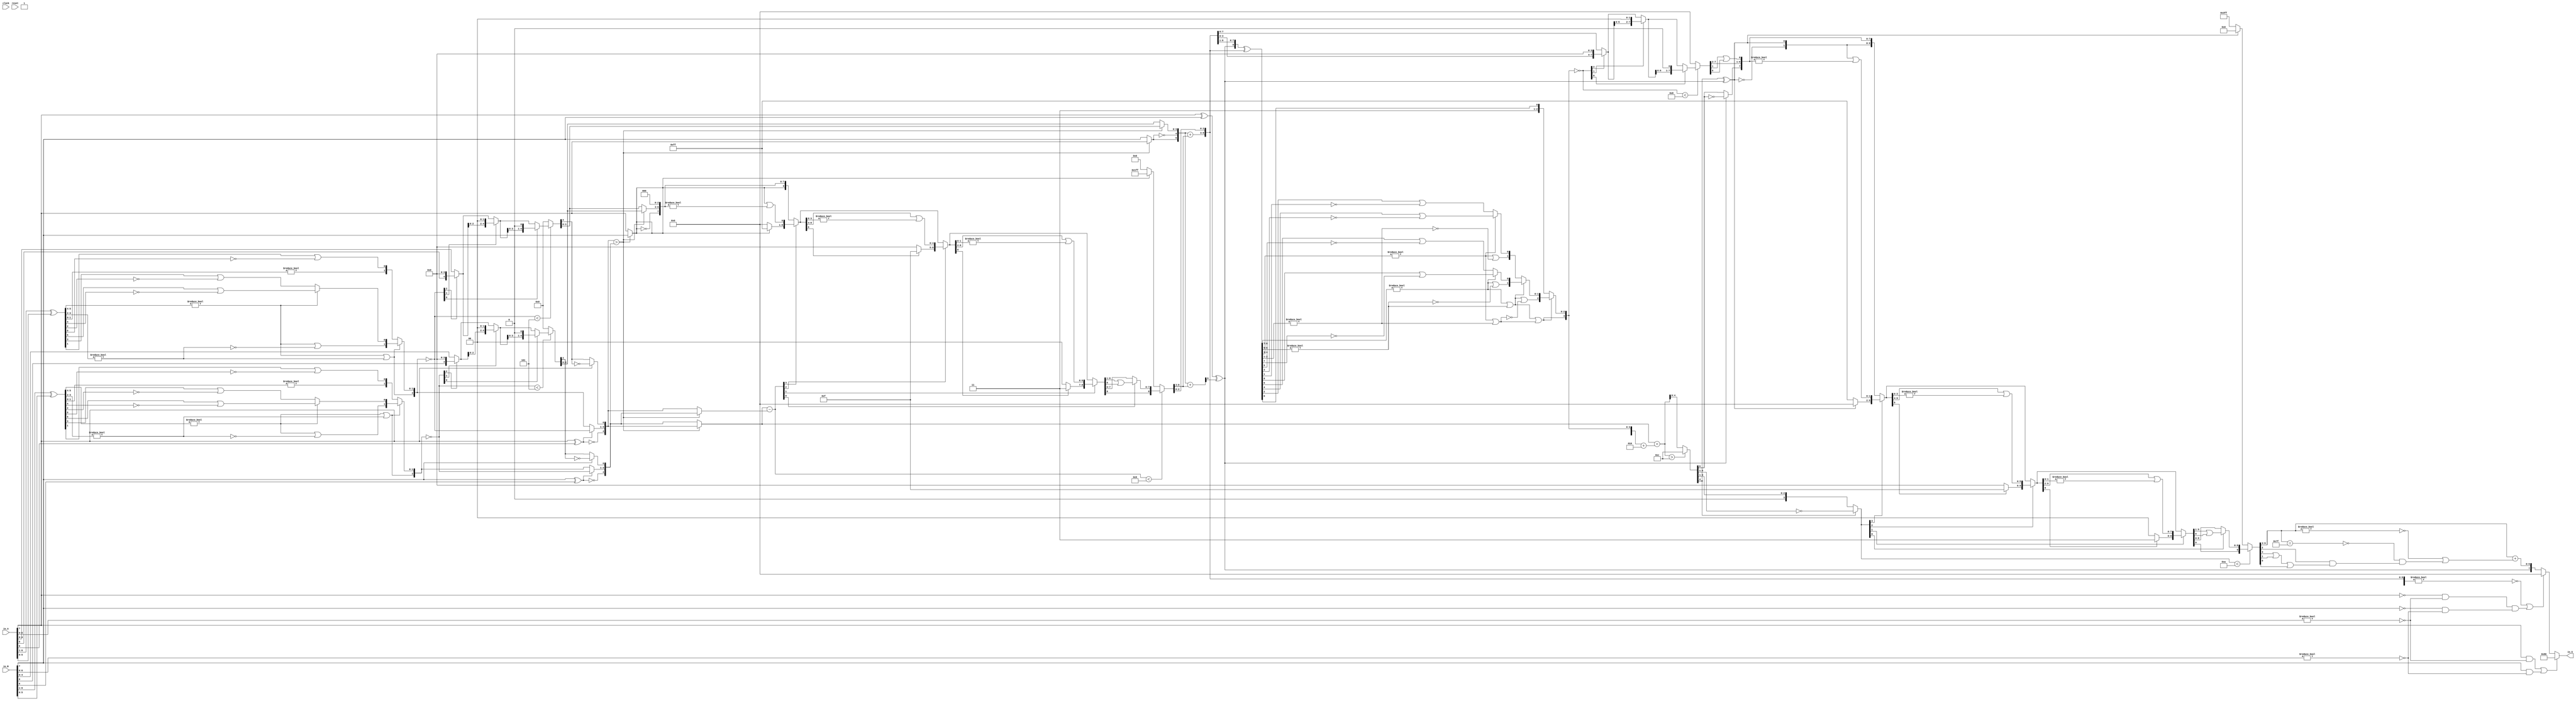
module PositAdder8_1(
  input        clock,
  input        reset,
  input  [7:0] io_A,
  input  [7:0] io_B,
  output [7:0] io_S
);
  wire  _T_1; // @[convert.scala 18:24]
  wire  _T_2; // @[convert.scala 18:40]
  wire  _T_3; // @[convert.scala 18:36]
  wire [5:0] _T_4; // @[convert.scala 19:24]
  wire [5:0] _T_5; // @[convert.scala 19:43]
  wire [5:0] _T_6; // @[convert.scala 19:39]
  wire [3:0] _T_7; // @[LZD.scala 43:32]
  wire [1:0] _T_8; // @[LZD.scala 43:32]
  wire  _T_9; // @[LZD.scala 39:14]
  wire  _T_10; // @[LZD.scala 39:21]
  wire  _T_11; // @[LZD.scala 39:30]
  wire  _T_12; // @[LZD.scala 39:27]
  wire  _T_13; // @[LZD.scala 39:25]
  wire [1:0] _T_14; // @[Cat.scala 29:58]
  wire [1:0] _T_15; // @[LZD.scala 44:32]
  wire  _T_16; // @[LZD.scala 39:14]
  wire  _T_17; // @[LZD.scala 39:21]
  wire  _T_18; // @[LZD.scala 39:30]
  wire  _T_19; // @[LZD.scala 39:27]
  wire  _T_20; // @[LZD.scala 39:25]
  wire [1:0] _T_21; // @[Cat.scala 29:58]
  wire  _T_22; // @[Shift.scala 12:21]
  wire  _T_23; // @[Shift.scala 12:21]
  wire  _T_24; // @[LZD.scala 49:16]
  wire  _T_25; // @[LZD.scala 49:27]
  wire  _T_26; // @[LZD.scala 49:25]
  wire  _T_27; // @[LZD.scala 49:47]
  wire  _T_28; // @[LZD.scala 49:59]
  wire  _T_29; // @[LZD.scala 49:35]
  wire [2:0] _T_31; // @[Cat.scala 29:58]
  wire [1:0] _T_32; // @[LZD.scala 44:32]
  wire  _T_33; // @[LZD.scala 39:14]
  wire  _T_34; // @[LZD.scala 39:21]
  wire  _T_35; // @[LZD.scala 39:30]
  wire  _T_36; // @[LZD.scala 39:27]
  wire  _T_37; // @[LZD.scala 39:25]
  wire [1:0] _T_38; // @[Cat.scala 29:58]
  wire  _T_39; // @[Shift.scala 12:21]
  wire [1:0] _T_41; // @[LZD.scala 55:32]
  wire [1:0] _T_42; // @[LZD.scala 55:20]
  wire [2:0] _T_43; // @[Cat.scala 29:58]
  wire [2:0] _T_44; // @[convert.scala 21:22]
  wire [4:0] _T_45; // @[convert.scala 22:36]
  wire  _T_46; // @[Shift.scala 16:24]
  wire  _T_48; // @[Shift.scala 12:21]
  wire  _T_49; // @[Shift.scala 64:52]
  wire [4:0] _T_51; // @[Cat.scala 29:58]
  wire [4:0] _T_52; // @[Shift.scala 64:27]
  wire [1:0] _T_53; // @[Shift.scala 66:70]
  wire  _T_54; // @[Shift.scala 12:21]
  wire [2:0] _T_55; // @[Shift.scala 64:52]
  wire [4:0] _T_57; // @[Cat.scala 29:58]
  wire [4:0] _T_58; // @[Shift.scala 64:27]
  wire  _T_59; // @[Shift.scala 66:70]
  wire [3:0] _T_61; // @[Shift.scala 64:52]
  wire [4:0] _T_62; // @[Cat.scala 29:58]
  wire [4:0] _T_63; // @[Shift.scala 64:27]
  wire [4:0] _T_64; // @[Shift.scala 16:10]
  wire  _T_65; // @[convert.scala 23:34]
  wire [3:0] decA_fraction; // @[convert.scala 24:34]
  wire  _T_67; // @[convert.scala 25:26]
  wire [2:0] _T_69; // @[convert.scala 25:42]
  wire  _T_72; // @[convert.scala 26:67]
  wire  _T_73; // @[convert.scala 26:51]
  wire [4:0] _T_74; // @[Cat.scala 29:58]
  wire [6:0] _T_76; // @[convert.scala 29:56]
  wire  _T_77; // @[convert.scala 29:60]
  wire  _T_78; // @[convert.scala 29:41]
  wire  decA_isNaR; // @[convert.scala 29:39]
  wire  _T_81; // @[convert.scala 30:19]
  wire  decA_isZero; // @[convert.scala 30:41]
  wire [4:0] decA_scale; // @[convert.scala 32:24]
  wire  _T_90; // @[convert.scala 18:24]
  wire  _T_91; // @[convert.scala 18:40]
  wire  _T_92; // @[convert.scala 18:36]
  wire [5:0] _T_93; // @[convert.scala 19:24]
  wire [5:0] _T_94; // @[convert.scala 19:43]
  wire [5:0] _T_95; // @[convert.scala 19:39]
  wire [3:0] _T_96; // @[LZD.scala 43:32]
  wire [1:0] _T_97; // @[LZD.scala 43:32]
  wire  _T_98; // @[LZD.scala 39:14]
  wire  _T_99; // @[LZD.scala 39:21]
  wire  _T_100; // @[LZD.scala 39:30]
  wire  _T_101; // @[LZD.scala 39:27]
  wire  _T_102; // @[LZD.scala 39:25]
  wire [1:0] _T_103; // @[Cat.scala 29:58]
  wire [1:0] _T_104; // @[LZD.scala 44:32]
  wire  _T_105; // @[LZD.scala 39:14]
  wire  _T_106; // @[LZD.scala 39:21]
  wire  _T_107; // @[LZD.scala 39:30]
  wire  _T_108; // @[LZD.scala 39:27]
  wire  _T_109; // @[LZD.scala 39:25]
  wire [1:0] _T_110; // @[Cat.scala 29:58]
  wire  _T_111; // @[Shift.scala 12:21]
  wire  _T_112; // @[Shift.scala 12:21]
  wire  _T_113; // @[LZD.scala 49:16]
  wire  _T_114; // @[LZD.scala 49:27]
  wire  _T_115; // @[LZD.scala 49:25]
  wire  _T_116; // @[LZD.scala 49:47]
  wire  _T_117; // @[LZD.scala 49:59]
  wire  _T_118; // @[LZD.scala 49:35]
  wire [2:0] _T_120; // @[Cat.scala 29:58]
  wire [1:0] _T_121; // @[LZD.scala 44:32]
  wire  _T_122; // @[LZD.scala 39:14]
  wire  _T_123; // @[LZD.scala 39:21]
  wire  _T_124; // @[LZD.scala 39:30]
  wire  _T_125; // @[LZD.scala 39:27]
  wire  _T_126; // @[LZD.scala 39:25]
  wire [1:0] _T_127; // @[Cat.scala 29:58]
  wire  _T_128; // @[Shift.scala 12:21]
  wire [1:0] _T_130; // @[LZD.scala 55:32]
  wire [1:0] _T_131; // @[LZD.scala 55:20]
  wire [2:0] _T_132; // @[Cat.scala 29:58]
  wire [2:0] _T_133; // @[convert.scala 21:22]
  wire [4:0] _T_134; // @[convert.scala 22:36]
  wire  _T_135; // @[Shift.scala 16:24]
  wire  _T_137; // @[Shift.scala 12:21]
  wire  _T_138; // @[Shift.scala 64:52]
  wire [4:0] _T_140; // @[Cat.scala 29:58]
  wire [4:0] _T_141; // @[Shift.scala 64:27]
  wire [1:0] _T_142; // @[Shift.scala 66:70]
  wire  _T_143; // @[Shift.scala 12:21]
  wire [2:0] _T_144; // @[Shift.scala 64:52]
  wire [4:0] _T_146; // @[Cat.scala 29:58]
  wire [4:0] _T_147; // @[Shift.scala 64:27]
  wire  _T_148; // @[Shift.scala 66:70]
  wire [3:0] _T_150; // @[Shift.scala 64:52]
  wire [4:0] _T_151; // @[Cat.scala 29:58]
  wire [4:0] _T_152; // @[Shift.scala 64:27]
  wire [4:0] _T_153; // @[Shift.scala 16:10]
  wire  _T_154; // @[convert.scala 23:34]
  wire [3:0] decB_fraction; // @[convert.scala 24:34]
  wire  _T_156; // @[convert.scala 25:26]
  wire [2:0] _T_158; // @[convert.scala 25:42]
  wire  _T_161; // @[convert.scala 26:67]
  wire  _T_162; // @[convert.scala 26:51]
  wire [4:0] _T_163; // @[Cat.scala 29:58]
  wire [6:0] _T_165; // @[convert.scala 29:56]
  wire  _T_166; // @[convert.scala 29:60]
  wire  _T_167; // @[convert.scala 29:41]
  wire  decB_isNaR; // @[convert.scala 29:39]
  wire  _T_170; // @[convert.scala 30:19]
  wire  decB_isZero; // @[convert.scala 30:41]
  wire [4:0] decB_scale; // @[convert.scala 32:24]
  wire  aGTb; // @[PositAdder.scala 24:32]
  wire  greaterSign; // @[PositAdder.scala 25:24]
  wire  smallerSign; // @[PositAdder.scala 26:24]
  wire [4:0] greaterExp; // @[PositAdder.scala 27:24]
  wire [4:0] smallerExp; // @[PositAdder.scala 28:24]
  wire [3:0] greaterFrac; // @[PositAdder.scala 29:24]
  wire [3:0] smallerFrac; // @[PositAdder.scala 30:24]
  wire [4:0] _T_179; // @[PositAdder.scala 31:32]
  wire [4:0] scale_diff; // @[PositAdder.scala 31:32]
  wire  _T_180; // @[PositAdder.scala 32:38]
  wire [5:0] greaterSig; // @[Cat.scala 29:58]
  wire  _T_182; // @[PositAdder.scala 33:38]
  wire [8:0] _T_185; // @[Cat.scala 29:58]
  wire [4:0] _T_186; // @[PositAdder.scala 34:68]
  wire  _T_187; // @[Shift.scala 39:24]
  wire [3:0] _T_188; // @[Shift.scala 40:44]
  wire  _T_189; // @[Shift.scala 90:30]
  wire [7:0] _T_190; // @[Shift.scala 90:48]
  wire  _T_191; // @[Shift.scala 90:57]
  wire  _T_192; // @[Shift.scala 90:39]
  wire  _T_193; // @[Shift.scala 12:21]
  wire  _T_194; // @[Shift.scala 12:21]
  wire [7:0] _T_196; // @[Bitwise.scala 71:12]
  wire [8:0] _T_197; // @[Cat.scala 29:58]
  wire [8:0] _T_198; // @[Shift.scala 91:22]
  wire [2:0] _T_199; // @[Shift.scala 92:77]
  wire [4:0] _T_200; // @[Shift.scala 90:30]
  wire [3:0] _T_201; // @[Shift.scala 90:48]
  wire  _T_202; // @[Shift.scala 90:57]
  wire [4:0] _GEN_0; // @[Shift.scala 90:39]
  wire [4:0] _T_203; // @[Shift.scala 90:39]
  wire  _T_204; // @[Shift.scala 12:21]
  wire  _T_205; // @[Shift.scala 12:21]
  wire [3:0] _T_207; // @[Bitwise.scala 71:12]
  wire [8:0] _T_208; // @[Cat.scala 29:58]
  wire [8:0] _T_209; // @[Shift.scala 91:22]
  wire [1:0] _T_210; // @[Shift.scala 92:77]
  wire [6:0] _T_211; // @[Shift.scala 90:30]
  wire [1:0] _T_212; // @[Shift.scala 90:48]
  wire  _T_213; // @[Shift.scala 90:57]
  wire [6:0] _GEN_1; // @[Shift.scala 90:39]
  wire [6:0] _T_214; // @[Shift.scala 90:39]
  wire  _T_215; // @[Shift.scala 12:21]
  wire  _T_216; // @[Shift.scala 12:21]
  wire [1:0] _T_218; // @[Bitwise.scala 71:12]
  wire [8:0] _T_219; // @[Cat.scala 29:58]
  wire [8:0] _T_220; // @[Shift.scala 91:22]
  wire  _T_221; // @[Shift.scala 92:77]
  wire [7:0] _T_222; // @[Shift.scala 90:30]
  wire  _T_223; // @[Shift.scala 90:48]
  wire [7:0] _GEN_2; // @[Shift.scala 90:39]
  wire [7:0] _T_225; // @[Shift.scala 90:39]
  wire  _T_227; // @[Shift.scala 12:21]
  wire [8:0] _T_228; // @[Cat.scala 29:58]
  wire [8:0] _T_229; // @[Shift.scala 91:22]
  wire [8:0] _T_232; // @[Bitwise.scala 71:12]
  wire [8:0] smallerSig; // @[Shift.scala 39:10]
  wire [5:0] _T_233; // @[PositAdder.scala 35:45]
  wire [6:0] rawSumSig; // @[PositAdder.scala 35:32]
  wire  _T_234; // @[PositAdder.scala 36:31]
  wire  _T_235; // @[PositAdder.scala 36:59]
  wire  sumSign; // @[PositAdder.scala 36:43]
  wire [5:0] _T_236; // @[PositAdder.scala 37:48]
  wire [2:0] _T_237; // @[PositAdder.scala 37:63]
  wire [9:0] signSumSig; // @[Cat.scala 29:58]
  wire [8:0] _T_239; // @[PositAdder.scala 39:31]
  wire [8:0] _T_240; // @[PositAdder.scala 39:66]
  wire [8:0] sumXor; // @[PositAdder.scala 39:49]
  wire [7:0] _T_241; // @[LZD.scala 43:32]
  wire [3:0] _T_242; // @[LZD.scala 43:32]
  wire [1:0] _T_243; // @[LZD.scala 43:32]
  wire  _T_244; // @[LZD.scala 39:14]
  wire  _T_245; // @[LZD.scala 39:21]
  wire  _T_246; // @[LZD.scala 39:30]
  wire  _T_247; // @[LZD.scala 39:27]
  wire  _T_248; // @[LZD.scala 39:25]
  wire [1:0] _T_249; // @[Cat.scala 29:58]
  wire [1:0] _T_250; // @[LZD.scala 44:32]
  wire  _T_251; // @[LZD.scala 39:14]
  wire  _T_252; // @[LZD.scala 39:21]
  wire  _T_253; // @[LZD.scala 39:30]
  wire  _T_254; // @[LZD.scala 39:27]
  wire  _T_255; // @[LZD.scala 39:25]
  wire [1:0] _T_256; // @[Cat.scala 29:58]
  wire  _T_257; // @[Shift.scala 12:21]
  wire  _T_258; // @[Shift.scala 12:21]
  wire  _T_259; // @[LZD.scala 49:16]
  wire  _T_260; // @[LZD.scala 49:27]
  wire  _T_261; // @[LZD.scala 49:25]
  wire  _T_262; // @[LZD.scala 49:47]
  wire  _T_263; // @[LZD.scala 49:59]
  wire  _T_264; // @[LZD.scala 49:35]
  wire [2:0] _T_266; // @[Cat.scala 29:58]
  wire [3:0] _T_267; // @[LZD.scala 44:32]
  wire [1:0] _T_268; // @[LZD.scala 43:32]
  wire  _T_269; // @[LZD.scala 39:14]
  wire  _T_270; // @[LZD.scala 39:21]
  wire  _T_271; // @[LZD.scala 39:30]
  wire  _T_272; // @[LZD.scala 39:27]
  wire  _T_273; // @[LZD.scala 39:25]
  wire [1:0] _T_274; // @[Cat.scala 29:58]
  wire [1:0] _T_275; // @[LZD.scala 44:32]
  wire  _T_276; // @[LZD.scala 39:14]
  wire  _T_277; // @[LZD.scala 39:21]
  wire  _T_278; // @[LZD.scala 39:30]
  wire  _T_279; // @[LZD.scala 39:27]
  wire  _T_280; // @[LZD.scala 39:25]
  wire [1:0] _T_281; // @[Cat.scala 29:58]
  wire  _T_282; // @[Shift.scala 12:21]
  wire  _T_283; // @[Shift.scala 12:21]
  wire  _T_284; // @[LZD.scala 49:16]
  wire  _T_285; // @[LZD.scala 49:27]
  wire  _T_286; // @[LZD.scala 49:25]
  wire  _T_287; // @[LZD.scala 49:47]
  wire  _T_288; // @[LZD.scala 49:59]
  wire  _T_289; // @[LZD.scala 49:35]
  wire [2:0] _T_291; // @[Cat.scala 29:58]
  wire  _T_292; // @[Shift.scala 12:21]
  wire  _T_293; // @[Shift.scala 12:21]
  wire  _T_294; // @[LZD.scala 49:16]
  wire  _T_295; // @[LZD.scala 49:27]
  wire  _T_296; // @[LZD.scala 49:25]
  wire [1:0] _T_297; // @[LZD.scala 49:47]
  wire [1:0] _T_298; // @[LZD.scala 49:59]
  wire [1:0] _T_299; // @[LZD.scala 49:35]
  wire [3:0] _T_301; // @[Cat.scala 29:58]
  wire  _T_302; // @[LZD.scala 44:32]
  wire  _T_304; // @[Shift.scala 12:21]
  wire [2:0] _T_307; // @[Cat.scala 29:58]
  wire [2:0] _T_308; // @[LZD.scala 55:32]
  wire [2:0] _T_309; // @[LZD.scala 55:20]
  wire [3:0] sumLZD; // @[Cat.scala 29:58]
  wire [4:0] _T_310; // @[Cat.scala 29:58]
  wire [4:0] _T_311; // @[PositAdder.scala 41:38]
  wire [4:0] _T_313; // @[PositAdder.scala 41:45]
  wire [4:0] scaleBias; // @[PositAdder.scala 41:45]
  wire [5:0] sumScale; // @[PositAdder.scala 42:32]
  wire  overflow; // @[PositAdder.scala 43:30]
  wire [3:0] normalShift; // @[PositAdder.scala 44:22]
  wire [7:0] _T_314; // @[PositAdder.scala 45:36]
  wire  _T_315; // @[Shift.scala 16:24]
  wire [2:0] _T_316; // @[Shift.scala 17:37]
  wire  _T_317; // @[Shift.scala 12:21]
  wire [3:0] _T_318; // @[Shift.scala 64:52]
  wire [7:0] _T_320; // @[Cat.scala 29:58]
  wire [7:0] _T_321; // @[Shift.scala 64:27]
  wire [1:0] _T_322; // @[Shift.scala 66:70]
  wire  _T_323; // @[Shift.scala 12:21]
  wire [5:0] _T_324; // @[Shift.scala 64:52]
  wire [7:0] _T_326; // @[Cat.scala 29:58]
  wire [7:0] _T_327; // @[Shift.scala 64:27]
  wire  _T_328; // @[Shift.scala 66:70]
  wire [6:0] _T_330; // @[Shift.scala 64:52]
  wire [7:0] _T_331; // @[Cat.scala 29:58]
  wire [7:0] _T_332; // @[Shift.scala 64:27]
  wire [7:0] shiftSig; // @[Shift.scala 16:10]
  wire [5:0] _T_333; // @[PositAdder.scala 50:24]
  wire [3:0] decS_fraction; // @[PositAdder.scala 51:34]
  wire  decS_isNaR; // @[PositAdder.scala 52:32]
  wire  _T_336; // @[PositAdder.scala 53:33]
  wire  _T_337; // @[PositAdder.scala 53:21]
  wire  _T_338; // @[PositAdder.scala 53:52]
  wire  decS_isZero; // @[PositAdder.scala 53:37]
  wire [1:0] _T_340; // @[PositAdder.scala 54:33]
  wire  _T_341; // @[PositAdder.scala 54:49]
  wire  _T_342; // @[PositAdder.scala 54:63]
  wire  _T_343; // @[PositAdder.scala 54:53]
  wire [4:0] _GEN_3; // @[PositAdder.scala 47:25 PositAdder.scala 50:18]
  wire [4:0] decS_scale; // @[PositAdder.scala 47:25 PositAdder.scala 50:18]
  wire  _T_346; // @[convert.scala 46:61]
  wire  _T_347; // @[convert.scala 46:52]
  wire  _T_349; // @[convert.scala 46:42]
  wire [3:0] _T_350; // @[convert.scala 48:34]
  wire  _T_351; // @[convert.scala 49:36]
  wire [3:0] _T_353; // @[convert.scala 50:36]
  wire [3:0] _T_354; // @[convert.scala 50:36]
  wire [3:0] _T_355; // @[convert.scala 50:28]
  wire  _T_356; // @[convert.scala 51:31]
  wire  _T_357; // @[convert.scala 52:43]
  wire [9:0] _T_361; // @[Cat.scala 29:58]
  wire [3:0] _T_362; // @[Shift.scala 39:17]
  wire  _T_363; // @[Shift.scala 39:24]
  wire [1:0] _T_365; // @[Shift.scala 90:30]
  wire [7:0] _T_366; // @[Shift.scala 90:48]
  wire  _T_367; // @[Shift.scala 90:57]
  wire [1:0] _GEN_4; // @[Shift.scala 90:39]
  wire [1:0] _T_368; // @[Shift.scala 90:39]
  wire  _T_369; // @[Shift.scala 12:21]
  wire  _T_370; // @[Shift.scala 12:21]
  wire [7:0] _T_372; // @[Bitwise.scala 71:12]
  wire [9:0] _T_373; // @[Cat.scala 29:58]
  wire [9:0] _T_374; // @[Shift.scala 91:22]
  wire [2:0] _T_375; // @[Shift.scala 92:77]
  wire [5:0] _T_376; // @[Shift.scala 90:30]
  wire [3:0] _T_377; // @[Shift.scala 90:48]
  wire  _T_378; // @[Shift.scala 90:57]
  wire [5:0] _GEN_5; // @[Shift.scala 90:39]
  wire [5:0] _T_379; // @[Shift.scala 90:39]
  wire  _T_380; // @[Shift.scala 12:21]
  wire  _T_381; // @[Shift.scala 12:21]
  wire [3:0] _T_383; // @[Bitwise.scala 71:12]
  wire [9:0] _T_384; // @[Cat.scala 29:58]
  wire [9:0] _T_385; // @[Shift.scala 91:22]
  wire [1:0] _T_386; // @[Shift.scala 92:77]
  wire [7:0] _T_387; // @[Shift.scala 90:30]
  wire [1:0] _T_388; // @[Shift.scala 90:48]
  wire  _T_389; // @[Shift.scala 90:57]
  wire [7:0] _GEN_6; // @[Shift.scala 90:39]
  wire [7:0] _T_390; // @[Shift.scala 90:39]
  wire  _T_391; // @[Shift.scala 12:21]
  wire  _T_392; // @[Shift.scala 12:21]
  wire [1:0] _T_394; // @[Bitwise.scala 71:12]
  wire [9:0] _T_395; // @[Cat.scala 29:58]
  wire [9:0] _T_396; // @[Shift.scala 91:22]
  wire  _T_397; // @[Shift.scala 92:77]
  wire [8:0] _T_398; // @[Shift.scala 90:30]
  wire  _T_399; // @[Shift.scala 90:48]
  wire [8:0] _GEN_7; // @[Shift.scala 90:39]
  wire [8:0] _T_401; // @[Shift.scala 90:39]
  wire  _T_403; // @[Shift.scala 12:21]
  wire [9:0] _T_404; // @[Cat.scala 29:58]
  wire [9:0] _T_405; // @[Shift.scala 91:22]
  wire [9:0] _T_408; // @[Bitwise.scala 71:12]
  wire [9:0] _T_409; // @[Shift.scala 39:10]
  wire  _T_410; // @[convert.scala 55:31]
  wire  _T_411; // @[convert.scala 56:31]
  wire  _T_412; // @[convert.scala 57:31]
  wire  _T_413; // @[convert.scala 58:31]
  wire [6:0] _T_414; // @[convert.scala 59:69]
  wire  _T_415; // @[convert.scala 59:81]
  wire  _T_416; // @[convert.scala 59:50]
  wire  _T_418; // @[convert.scala 60:81]
  wire  _T_419; // @[convert.scala 61:44]
  wire  _T_420; // @[convert.scala 61:52]
  wire  _T_421; // @[convert.scala 61:36]
  wire  _T_422; // @[convert.scala 62:63]
  wire  _T_423; // @[convert.scala 62:103]
  wire  _T_424; // @[convert.scala 62:60]
  wire [6:0] _GEN_8; // @[convert.scala 63:56]
  wire [6:0] _T_427; // @[convert.scala 63:56]
  wire [7:0] _T_428; // @[Cat.scala 29:58]
  wire [7:0] _T_430; // @[Mux.scala 87:16]
  assign _T_1 = io_A[7]; // @[convert.scala 18:24]
  assign _T_2 = io_A[6]; // @[convert.scala 18:40]
  assign _T_3 = _T_1 ^ _T_2; // @[convert.scala 18:36]
  assign _T_4 = io_A[6:1]; // @[convert.scala 19:24]
  assign _T_5 = io_A[5:0]; // @[convert.scala 19:43]
  assign _T_6 = _T_4 ^ _T_5; // @[convert.scala 19:39]
  assign _T_7 = _T_6[5:2]; // @[LZD.scala 43:32]
  assign _T_8 = _T_7[3:2]; // @[LZD.scala 43:32]
  assign _T_9 = _T_8 != 2'h0; // @[LZD.scala 39:14]
  assign _T_10 = _T_8[1]; // @[LZD.scala 39:21]
  assign _T_11 = _T_8[0]; // @[LZD.scala 39:30]
  assign _T_12 = ~ _T_11; // @[LZD.scala 39:27]
  assign _T_13 = _T_10 | _T_12; // @[LZD.scala 39:25]
  assign _T_14 = {_T_9,_T_13}; // @[Cat.scala 29:58]
  assign _T_15 = _T_7[1:0]; // @[LZD.scala 44:32]
  assign _T_16 = _T_15 != 2'h0; // @[LZD.scala 39:14]
  assign _T_17 = _T_15[1]; // @[LZD.scala 39:21]
  assign _T_18 = _T_15[0]; // @[LZD.scala 39:30]
  assign _T_19 = ~ _T_18; // @[LZD.scala 39:27]
  assign _T_20 = _T_17 | _T_19; // @[LZD.scala 39:25]
  assign _T_21 = {_T_16,_T_20}; // @[Cat.scala 29:58]
  assign _T_22 = _T_14[1]; // @[Shift.scala 12:21]
  assign _T_23 = _T_21[1]; // @[Shift.scala 12:21]
  assign _T_24 = _T_22 | _T_23; // @[LZD.scala 49:16]
  assign _T_25 = ~ _T_23; // @[LZD.scala 49:27]
  assign _T_26 = _T_22 | _T_25; // @[LZD.scala 49:25]
  assign _T_27 = _T_14[0:0]; // @[LZD.scala 49:47]
  assign _T_28 = _T_21[0:0]; // @[LZD.scala 49:59]
  assign _T_29 = _T_22 ? _T_27 : _T_28; // @[LZD.scala 49:35]
  assign _T_31 = {_T_24,_T_26,_T_29}; // @[Cat.scala 29:58]
  assign _T_32 = _T_6[1:0]; // @[LZD.scala 44:32]
  assign _T_33 = _T_32 != 2'h0; // @[LZD.scala 39:14]
  assign _T_34 = _T_32[1]; // @[LZD.scala 39:21]
  assign _T_35 = _T_32[0]; // @[LZD.scala 39:30]
  assign _T_36 = ~ _T_35; // @[LZD.scala 39:27]
  assign _T_37 = _T_34 | _T_36; // @[LZD.scala 39:25]
  assign _T_38 = {_T_33,_T_37}; // @[Cat.scala 29:58]
  assign _T_39 = _T_31[2]; // @[Shift.scala 12:21]
  assign _T_41 = _T_31[1:0]; // @[LZD.scala 55:32]
  assign _T_42 = _T_39 ? _T_41 : _T_38; // @[LZD.scala 55:20]
  assign _T_43 = {_T_39,_T_42}; // @[Cat.scala 29:58]
  assign _T_44 = ~ _T_43; // @[convert.scala 21:22]
  assign _T_45 = io_A[4:0]; // @[convert.scala 22:36]
  assign _T_46 = _T_44 < 3'h5; // @[Shift.scala 16:24]
  assign _T_48 = _T_44[2]; // @[Shift.scala 12:21]
  assign _T_49 = _T_45[0:0]; // @[Shift.scala 64:52]
  assign _T_51 = {_T_49,4'h0}; // @[Cat.scala 29:58]
  assign _T_52 = _T_48 ? _T_51 : _T_45; // @[Shift.scala 64:27]
  assign _T_53 = _T_44[1:0]; // @[Shift.scala 66:70]
  assign _T_54 = _T_53[1]; // @[Shift.scala 12:21]
  assign _T_55 = _T_52[2:0]; // @[Shift.scala 64:52]
  assign _T_57 = {_T_55,2'h0}; // @[Cat.scala 29:58]
  assign _T_58 = _T_54 ? _T_57 : _T_52; // @[Shift.scala 64:27]
  assign _T_59 = _T_53[0:0]; // @[Shift.scala 66:70]
  assign _T_61 = _T_58[3:0]; // @[Shift.scala 64:52]
  assign _T_62 = {_T_61,1'h0}; // @[Cat.scala 29:58]
  assign _T_63 = _T_59 ? _T_62 : _T_58; // @[Shift.scala 64:27]
  assign _T_64 = _T_46 ? _T_63 : 5'h0; // @[Shift.scala 16:10]
  assign _T_65 = _T_64[4:4]; // @[convert.scala 23:34]
  assign decA_fraction = _T_64[3:0]; // @[convert.scala 24:34]
  assign _T_67 = _T_3 == 1'h0; // @[convert.scala 25:26]
  assign _T_69 = _T_3 ? _T_44 : _T_43; // @[convert.scala 25:42]
  assign _T_72 = ~ _T_65; // @[convert.scala 26:67]
  assign _T_73 = _T_1 ? _T_72 : _T_65; // @[convert.scala 26:51]
  assign _T_74 = {_T_67,_T_69,_T_73}; // @[Cat.scala 29:58]
  assign _T_76 = io_A[6:0]; // @[convert.scala 29:56]
  assign _T_77 = _T_76 != 7'h0; // @[convert.scala 29:60]
  assign _T_78 = ~ _T_77; // @[convert.scala 29:41]
  assign decA_isNaR = _T_1 & _T_78; // @[convert.scala 29:39]
  assign _T_81 = _T_1 == 1'h0; // @[convert.scala 30:19]
  assign decA_isZero = _T_81 & _T_78; // @[convert.scala 30:41]
  assign decA_scale = $signed(_T_74); // @[convert.scala 32:24]
  assign _T_90 = io_B[7]; // @[convert.scala 18:24]
  assign _T_91 = io_B[6]; // @[convert.scala 18:40]
  assign _T_92 = _T_90 ^ _T_91; // @[convert.scala 18:36]
  assign _T_93 = io_B[6:1]; // @[convert.scala 19:24]
  assign _T_94 = io_B[5:0]; // @[convert.scala 19:43]
  assign _T_95 = _T_93 ^ _T_94; // @[convert.scala 19:39]
  assign _T_96 = _T_95[5:2]; // @[LZD.scala 43:32]
  assign _T_97 = _T_96[3:2]; // @[LZD.scala 43:32]
  assign _T_98 = _T_97 != 2'h0; // @[LZD.scala 39:14]
  assign _T_99 = _T_97[1]; // @[LZD.scala 39:21]
  assign _T_100 = _T_97[0]; // @[LZD.scala 39:30]
  assign _T_101 = ~ _T_100; // @[LZD.scala 39:27]
  assign _T_102 = _T_99 | _T_101; // @[LZD.scala 39:25]
  assign _T_103 = {_T_98,_T_102}; // @[Cat.scala 29:58]
  assign _T_104 = _T_96[1:0]; // @[LZD.scala 44:32]
  assign _T_105 = _T_104 != 2'h0; // @[LZD.scala 39:14]
  assign _T_106 = _T_104[1]; // @[LZD.scala 39:21]
  assign _T_107 = _T_104[0]; // @[LZD.scala 39:30]
  assign _T_108 = ~ _T_107; // @[LZD.scala 39:27]
  assign _T_109 = _T_106 | _T_108; // @[LZD.scala 39:25]
  assign _T_110 = {_T_105,_T_109}; // @[Cat.scala 29:58]
  assign _T_111 = _T_103[1]; // @[Shift.scala 12:21]
  assign _T_112 = _T_110[1]; // @[Shift.scala 12:21]
  assign _T_113 = _T_111 | _T_112; // @[LZD.scala 49:16]
  assign _T_114 = ~ _T_112; // @[LZD.scala 49:27]
  assign _T_115 = _T_111 | _T_114; // @[LZD.scala 49:25]
  assign _T_116 = _T_103[0:0]; // @[LZD.scala 49:47]
  assign _T_117 = _T_110[0:0]; // @[LZD.scala 49:59]
  assign _T_118 = _T_111 ? _T_116 : _T_117; // @[LZD.scala 49:35]
  assign _T_120 = {_T_113,_T_115,_T_118}; // @[Cat.scala 29:58]
  assign _T_121 = _T_95[1:0]; // @[LZD.scala 44:32]
  assign _T_122 = _T_121 != 2'h0; // @[LZD.scala 39:14]
  assign _T_123 = _T_121[1]; // @[LZD.scala 39:21]
  assign _T_124 = _T_121[0]; // @[LZD.scala 39:30]
  assign _T_125 = ~ _T_124; // @[LZD.scala 39:27]
  assign _T_126 = _T_123 | _T_125; // @[LZD.scala 39:25]
  assign _T_127 = {_T_122,_T_126}; // @[Cat.scala 29:58]
  assign _T_128 = _T_120[2]; // @[Shift.scala 12:21]
  assign _T_130 = _T_120[1:0]; // @[LZD.scala 55:32]
  assign _T_131 = _T_128 ? _T_130 : _T_127; // @[LZD.scala 55:20]
  assign _T_132 = {_T_128,_T_131}; // @[Cat.scala 29:58]
  assign _T_133 = ~ _T_132; // @[convert.scala 21:22]
  assign _T_134 = io_B[4:0]; // @[convert.scala 22:36]
  assign _T_135 = _T_133 < 3'h5; // @[Shift.scala 16:24]
  assign _T_137 = _T_133[2]; // @[Shift.scala 12:21]
  assign _T_138 = _T_134[0:0]; // @[Shift.scala 64:52]
  assign _T_140 = {_T_138,4'h0}; // @[Cat.scala 29:58]
  assign _T_141 = _T_137 ? _T_140 : _T_134; // @[Shift.scala 64:27]
  assign _T_142 = _T_133[1:0]; // @[Shift.scala 66:70]
  assign _T_143 = _T_142[1]; // @[Shift.scala 12:21]
  assign _T_144 = _T_141[2:0]; // @[Shift.scala 64:52]
  assign _T_146 = {_T_144,2'h0}; // @[Cat.scala 29:58]
  assign _T_147 = _T_143 ? _T_146 : _T_141; // @[Shift.scala 64:27]
  assign _T_148 = _T_142[0:0]; // @[Shift.scala 66:70]
  assign _T_150 = _T_147[3:0]; // @[Shift.scala 64:52]
  assign _T_151 = {_T_150,1'h0}; // @[Cat.scala 29:58]
  assign _T_152 = _T_148 ? _T_151 : _T_147; // @[Shift.scala 64:27]
  assign _T_153 = _T_135 ? _T_152 : 5'h0; // @[Shift.scala 16:10]
  assign _T_154 = _T_153[4:4]; // @[convert.scala 23:34]
  assign decB_fraction = _T_153[3:0]; // @[convert.scala 24:34]
  assign _T_156 = _T_92 == 1'h0; // @[convert.scala 25:26]
  assign _T_158 = _T_92 ? _T_133 : _T_132; // @[convert.scala 25:42]
  assign _T_161 = ~ _T_154; // @[convert.scala 26:67]
  assign _T_162 = _T_90 ? _T_161 : _T_154; // @[convert.scala 26:51]
  assign _T_163 = {_T_156,_T_158,_T_162}; // @[Cat.scala 29:58]
  assign _T_165 = io_B[6:0]; // @[convert.scala 29:56]
  assign _T_166 = _T_165 != 7'h0; // @[convert.scala 29:60]
  assign _T_167 = ~ _T_166; // @[convert.scala 29:41]
  assign decB_isNaR = _T_90 & _T_167; // @[convert.scala 29:39]
  assign _T_170 = _T_90 == 1'h0; // @[convert.scala 30:19]
  assign decB_isZero = _T_170 & _T_167; // @[convert.scala 30:41]
  assign decB_scale = $signed(_T_163); // @[convert.scala 32:24]
  assign aGTb = $signed(decA_scale) > $signed(decB_scale); // @[PositAdder.scala 24:32]
  assign greaterSign = aGTb ? _T_1 : _T_90; // @[PositAdder.scala 25:24]
  assign smallerSign = aGTb ? _T_90 : _T_1; // @[PositAdder.scala 26:24]
  assign greaterExp = aGTb ? $signed(decA_scale) : $signed(decB_scale); // @[PositAdder.scala 27:24]
  assign smallerExp = aGTb ? $signed(decB_scale) : $signed(decA_scale); // @[PositAdder.scala 28:24]
  assign greaterFrac = aGTb ? decA_fraction : decB_fraction; // @[PositAdder.scala 29:24]
  assign smallerFrac = aGTb ? decB_fraction : decA_fraction; // @[PositAdder.scala 30:24]
  assign _T_179 = $signed(greaterExp) - $signed(smallerExp); // @[PositAdder.scala 31:32]
  assign scale_diff = $signed(_T_179); // @[PositAdder.scala 31:32]
  assign _T_180 = ~ greaterSign; // @[PositAdder.scala 32:38]
  assign greaterSig = {greaterSign,_T_180,greaterFrac}; // @[Cat.scala 29:58]
  assign _T_182 = ~ smallerSign; // @[PositAdder.scala 33:38]
  assign _T_185 = {smallerSign,_T_182,smallerFrac,3'h0}; // @[Cat.scala 29:58]
  assign _T_186 = $unsigned(scale_diff); // @[PositAdder.scala 34:68]
  assign _T_187 = _T_186 < 5'h9; // @[Shift.scala 39:24]
  assign _T_188 = _T_186[3:0]; // @[Shift.scala 40:44]
  assign _T_189 = _T_185[8:8]; // @[Shift.scala 90:30]
  assign _T_190 = _T_185[7:0]; // @[Shift.scala 90:48]
  assign _T_191 = _T_190 != 8'h0; // @[Shift.scala 90:57]
  assign _T_192 = _T_189 | _T_191; // @[Shift.scala 90:39]
  assign _T_193 = _T_188[3]; // @[Shift.scala 12:21]
  assign _T_194 = _T_185[8]; // @[Shift.scala 12:21]
  assign _T_196 = _T_194 ? 8'hff : 8'h0; // @[Bitwise.scala 71:12]
  assign _T_197 = {_T_196,_T_192}; // @[Cat.scala 29:58]
  assign _T_198 = _T_193 ? _T_197 : _T_185; // @[Shift.scala 91:22]
  assign _T_199 = _T_188[2:0]; // @[Shift.scala 92:77]
  assign _T_200 = _T_198[8:4]; // @[Shift.scala 90:30]
  assign _T_201 = _T_198[3:0]; // @[Shift.scala 90:48]
  assign _T_202 = _T_201 != 4'h0; // @[Shift.scala 90:57]
  assign _GEN_0 = {{4'd0}, _T_202}; // @[Shift.scala 90:39]
  assign _T_203 = _T_200 | _GEN_0; // @[Shift.scala 90:39]
  assign _T_204 = _T_199[2]; // @[Shift.scala 12:21]
  assign _T_205 = _T_198[8]; // @[Shift.scala 12:21]
  assign _T_207 = _T_205 ? 4'hf : 4'h0; // @[Bitwise.scala 71:12]
  assign _T_208 = {_T_207,_T_203}; // @[Cat.scala 29:58]
  assign _T_209 = _T_204 ? _T_208 : _T_198; // @[Shift.scala 91:22]
  assign _T_210 = _T_199[1:0]; // @[Shift.scala 92:77]
  assign _T_211 = _T_209[8:2]; // @[Shift.scala 90:30]
  assign _T_212 = _T_209[1:0]; // @[Shift.scala 90:48]
  assign _T_213 = _T_212 != 2'h0; // @[Shift.scala 90:57]
  assign _GEN_1 = {{6'd0}, _T_213}; // @[Shift.scala 90:39]
  assign _T_214 = _T_211 | _GEN_1; // @[Shift.scala 90:39]
  assign _T_215 = _T_210[1]; // @[Shift.scala 12:21]
  assign _T_216 = _T_209[8]; // @[Shift.scala 12:21]
  assign _T_218 = _T_216 ? 2'h3 : 2'h0; // @[Bitwise.scala 71:12]
  assign _T_219 = {_T_218,_T_214}; // @[Cat.scala 29:58]
  assign _T_220 = _T_215 ? _T_219 : _T_209; // @[Shift.scala 91:22]
  assign _T_221 = _T_210[0:0]; // @[Shift.scala 92:77]
  assign _T_222 = _T_220[8:1]; // @[Shift.scala 90:30]
  assign _T_223 = _T_220[0:0]; // @[Shift.scala 90:48]
  assign _GEN_2 = {{7'd0}, _T_223}; // @[Shift.scala 90:39]
  assign _T_225 = _T_222 | _GEN_2; // @[Shift.scala 90:39]
  assign _T_227 = _T_220[8]; // @[Shift.scala 12:21]
  assign _T_228 = {_T_227,_T_225}; // @[Cat.scala 29:58]
  assign _T_229 = _T_221 ? _T_228 : _T_220; // @[Shift.scala 91:22]
  assign _T_232 = _T_194 ? 9'h1ff : 9'h0; // @[Bitwise.scala 71:12]
  assign smallerSig = _T_187 ? _T_229 : _T_232; // @[Shift.scala 39:10]
  assign _T_233 = smallerSig[8:3]; // @[PositAdder.scala 35:45]
  assign rawSumSig = greaterSig + _T_233; // @[PositAdder.scala 35:32]
  assign _T_234 = _T_1 ^ _T_90; // @[PositAdder.scala 36:31]
  assign _T_235 = rawSumSig[6:6]; // @[PositAdder.scala 36:59]
  assign sumSign = _T_234 ^ _T_235; // @[PositAdder.scala 36:43]
  assign _T_236 = greaterSig + _T_233; // @[PositAdder.scala 37:48]
  assign _T_237 = smallerSig[2:0]; // @[PositAdder.scala 37:63]
  assign signSumSig = {sumSign,_T_236,_T_237}; // @[Cat.scala 29:58]
  assign _T_239 = signSumSig[9:1]; // @[PositAdder.scala 39:31]
  assign _T_240 = signSumSig[8:0]; // @[PositAdder.scala 39:66]
  assign sumXor = _T_239 ^ _T_240; // @[PositAdder.scala 39:49]
  assign _T_241 = sumXor[8:1]; // @[LZD.scala 43:32]
  assign _T_242 = _T_241[7:4]; // @[LZD.scala 43:32]
  assign _T_243 = _T_242[3:2]; // @[LZD.scala 43:32]
  assign _T_244 = _T_243 != 2'h0; // @[LZD.scala 39:14]
  assign _T_245 = _T_243[1]; // @[LZD.scala 39:21]
  assign _T_246 = _T_243[0]; // @[LZD.scala 39:30]
  assign _T_247 = ~ _T_246; // @[LZD.scala 39:27]
  assign _T_248 = _T_245 | _T_247; // @[LZD.scala 39:25]
  assign _T_249 = {_T_244,_T_248}; // @[Cat.scala 29:58]
  assign _T_250 = _T_242[1:0]; // @[LZD.scala 44:32]
  assign _T_251 = _T_250 != 2'h0; // @[LZD.scala 39:14]
  assign _T_252 = _T_250[1]; // @[LZD.scala 39:21]
  assign _T_253 = _T_250[0]; // @[LZD.scala 39:30]
  assign _T_254 = ~ _T_253; // @[LZD.scala 39:27]
  assign _T_255 = _T_252 | _T_254; // @[LZD.scala 39:25]
  assign _T_256 = {_T_251,_T_255}; // @[Cat.scala 29:58]
  assign _T_257 = _T_249[1]; // @[Shift.scala 12:21]
  assign _T_258 = _T_256[1]; // @[Shift.scala 12:21]
  assign _T_259 = _T_257 | _T_258; // @[LZD.scala 49:16]
  assign _T_260 = ~ _T_258; // @[LZD.scala 49:27]
  assign _T_261 = _T_257 | _T_260; // @[LZD.scala 49:25]
  assign _T_262 = _T_249[0:0]; // @[LZD.scala 49:47]
  assign _T_263 = _T_256[0:0]; // @[LZD.scala 49:59]
  assign _T_264 = _T_257 ? _T_262 : _T_263; // @[LZD.scala 49:35]
  assign _T_266 = {_T_259,_T_261,_T_264}; // @[Cat.scala 29:58]
  assign _T_267 = _T_241[3:0]; // @[LZD.scala 44:32]
  assign _T_268 = _T_267[3:2]; // @[LZD.scala 43:32]
  assign _T_269 = _T_268 != 2'h0; // @[LZD.scala 39:14]
  assign _T_270 = _T_268[1]; // @[LZD.scala 39:21]
  assign _T_271 = _T_268[0]; // @[LZD.scala 39:30]
  assign _T_272 = ~ _T_271; // @[LZD.scala 39:27]
  assign _T_273 = _T_270 | _T_272; // @[LZD.scala 39:25]
  assign _T_274 = {_T_269,_T_273}; // @[Cat.scala 29:58]
  assign _T_275 = _T_267[1:0]; // @[LZD.scala 44:32]
  assign _T_276 = _T_275 != 2'h0; // @[LZD.scala 39:14]
  assign _T_277 = _T_275[1]; // @[LZD.scala 39:21]
  assign _T_278 = _T_275[0]; // @[LZD.scala 39:30]
  assign _T_279 = ~ _T_278; // @[LZD.scala 39:27]
  assign _T_280 = _T_277 | _T_279; // @[LZD.scala 39:25]
  assign _T_281 = {_T_276,_T_280}; // @[Cat.scala 29:58]
  assign _T_282 = _T_274[1]; // @[Shift.scala 12:21]
  assign _T_283 = _T_281[1]; // @[Shift.scala 12:21]
  assign _T_284 = _T_282 | _T_283; // @[LZD.scala 49:16]
  assign _T_285 = ~ _T_283; // @[LZD.scala 49:27]
  assign _T_286 = _T_282 | _T_285; // @[LZD.scala 49:25]
  assign _T_287 = _T_274[0:0]; // @[LZD.scala 49:47]
  assign _T_288 = _T_281[0:0]; // @[LZD.scala 49:59]
  assign _T_289 = _T_282 ? _T_287 : _T_288; // @[LZD.scala 49:35]
  assign _T_291 = {_T_284,_T_286,_T_289}; // @[Cat.scala 29:58]
  assign _T_292 = _T_266[2]; // @[Shift.scala 12:21]
  assign _T_293 = _T_291[2]; // @[Shift.scala 12:21]
  assign _T_294 = _T_292 | _T_293; // @[LZD.scala 49:16]
  assign _T_295 = ~ _T_293; // @[LZD.scala 49:27]
  assign _T_296 = _T_292 | _T_295; // @[LZD.scala 49:25]
  assign _T_297 = _T_266[1:0]; // @[LZD.scala 49:47]
  assign _T_298 = _T_291[1:0]; // @[LZD.scala 49:59]
  assign _T_299 = _T_292 ? _T_297 : _T_298; // @[LZD.scala 49:35]
  assign _T_301 = {_T_294,_T_296,_T_299}; // @[Cat.scala 29:58]
  assign _T_302 = sumXor[0:0]; // @[LZD.scala 44:32]
  assign _T_304 = _T_301[3]; // @[Shift.scala 12:21]
  assign _T_307 = {2'h3,_T_302}; // @[Cat.scala 29:58]
  assign _T_308 = _T_301[2:0]; // @[LZD.scala 55:32]
  assign _T_309 = _T_304 ? _T_308 : _T_307; // @[LZD.scala 55:20]
  assign sumLZD = {_T_304,_T_309}; // @[Cat.scala 29:58]
  assign _T_310 = {1'h1,_T_304,_T_309}; // @[Cat.scala 29:58]
  assign _T_311 = $signed(_T_310); // @[PositAdder.scala 41:38]
  assign _T_313 = $signed(_T_311) + $signed(5'sh2); // @[PositAdder.scala 41:45]
  assign scaleBias = $signed(_T_313); // @[PositAdder.scala 41:45]
  assign sumScale = $signed(greaterExp) + $signed(scaleBias); // @[PositAdder.scala 42:32]
  assign overflow = $signed(sumScale) > $signed(6'shc); // @[PositAdder.scala 43:30]
  assign normalShift = ~ sumLZD; // @[PositAdder.scala 44:22]
  assign _T_314 = signSumSig[7:0]; // @[PositAdder.scala 45:36]
  assign _T_315 = normalShift < 4'h8; // @[Shift.scala 16:24]
  assign _T_316 = normalShift[2:0]; // @[Shift.scala 17:37]
  assign _T_317 = _T_316[2]; // @[Shift.scala 12:21]
  assign _T_318 = _T_314[3:0]; // @[Shift.scala 64:52]
  assign _T_320 = {_T_318,4'h0}; // @[Cat.scala 29:58]
  assign _T_321 = _T_317 ? _T_320 : _T_314; // @[Shift.scala 64:27]
  assign _T_322 = _T_316[1:0]; // @[Shift.scala 66:70]
  assign _T_323 = _T_322[1]; // @[Shift.scala 12:21]
  assign _T_324 = _T_321[5:0]; // @[Shift.scala 64:52]
  assign _T_326 = {_T_324,2'h0}; // @[Cat.scala 29:58]
  assign _T_327 = _T_323 ? _T_326 : _T_321; // @[Shift.scala 64:27]
  assign _T_328 = _T_322[0:0]; // @[Shift.scala 66:70]
  assign _T_330 = _T_327[6:0]; // @[Shift.scala 64:52]
  assign _T_331 = {_T_330,1'h0}; // @[Cat.scala 29:58]
  assign _T_332 = _T_328 ? _T_331 : _T_327; // @[Shift.scala 64:27]
  assign shiftSig = _T_315 ? _T_332 : 8'h0; // @[Shift.scala 16:10]
  assign _T_333 = overflow ? $signed(6'shc) : $signed(sumScale); // @[PositAdder.scala 50:24]
  assign decS_fraction = shiftSig[7:4]; // @[PositAdder.scala 51:34]
  assign decS_isNaR = decA_isNaR | decB_isNaR; // @[PositAdder.scala 52:32]
  assign _T_336 = signSumSig != 10'h0; // @[PositAdder.scala 53:33]
  assign _T_337 = ~ _T_336; // @[PositAdder.scala 53:21]
  assign _T_338 = decA_isZero & decB_isZero; // @[PositAdder.scala 53:52]
  assign decS_isZero = _T_337 | _T_338; // @[PositAdder.scala 53:37]
  assign _T_340 = shiftSig[3:2]; // @[PositAdder.scala 54:33]
  assign _T_341 = shiftSig[1]; // @[PositAdder.scala 54:49]
  assign _T_342 = shiftSig[0]; // @[PositAdder.scala 54:63]
  assign _T_343 = _T_341 | _T_342; // @[PositAdder.scala 54:53]
  assign _GEN_3 = _T_333[4:0]; // @[PositAdder.scala 47:25 PositAdder.scala 50:18]
  assign decS_scale = $signed(_GEN_3); // @[PositAdder.scala 47:25 PositAdder.scala 50:18]
  assign _T_346 = decS_scale[0]; // @[convert.scala 46:61]
  assign _T_347 = ~ _T_346; // @[convert.scala 46:52]
  assign _T_349 = sumSign ? _T_347 : _T_346; // @[convert.scala 46:42]
  assign _T_350 = decS_scale[4:1]; // @[convert.scala 48:34]
  assign _T_351 = _T_350[3:3]; // @[convert.scala 49:36]
  assign _T_353 = ~ _T_350; // @[convert.scala 50:36]
  assign _T_354 = $signed(_T_353); // @[convert.scala 50:36]
  assign _T_355 = _T_351 ? $signed(_T_354) : $signed(_T_350); // @[convert.scala 50:28]
  assign _T_356 = _T_351 ^ sumSign; // @[convert.scala 51:31]
  assign _T_357 = ~ _T_356; // @[convert.scala 52:43]
  assign _T_361 = {_T_357,_T_356,_T_349,decS_fraction,_T_340,_T_343}; // @[Cat.scala 29:58]
  assign _T_362 = $unsigned(_T_355); // @[Shift.scala 39:17]
  assign _T_363 = _T_362 < 4'ha; // @[Shift.scala 39:24]
  assign _T_365 = _T_361[9:8]; // @[Shift.scala 90:30]
  assign _T_366 = _T_361[7:0]; // @[Shift.scala 90:48]
  assign _T_367 = _T_366 != 8'h0; // @[Shift.scala 90:57]
  assign _GEN_4 = {{1'd0}, _T_367}; // @[Shift.scala 90:39]
  assign _T_368 = _T_365 | _GEN_4; // @[Shift.scala 90:39]
  assign _T_369 = _T_362[3]; // @[Shift.scala 12:21]
  assign _T_370 = _T_361[9]; // @[Shift.scala 12:21]
  assign _T_372 = _T_370 ? 8'hff : 8'h0; // @[Bitwise.scala 71:12]
  assign _T_373 = {_T_372,_T_368}; // @[Cat.scala 29:58]
  assign _T_374 = _T_369 ? _T_373 : _T_361; // @[Shift.scala 91:22]
  assign _T_375 = _T_362[2:0]; // @[Shift.scala 92:77]
  assign _T_376 = _T_374[9:4]; // @[Shift.scala 90:30]
  assign _T_377 = _T_374[3:0]; // @[Shift.scala 90:48]
  assign _T_378 = _T_377 != 4'h0; // @[Shift.scala 90:57]
  assign _GEN_5 = {{5'd0}, _T_378}; // @[Shift.scala 90:39]
  assign _T_379 = _T_376 | _GEN_5; // @[Shift.scala 90:39]
  assign _T_380 = _T_375[2]; // @[Shift.scala 12:21]
  assign _T_381 = _T_374[9]; // @[Shift.scala 12:21]
  assign _T_383 = _T_381 ? 4'hf : 4'h0; // @[Bitwise.scala 71:12]
  assign _T_384 = {_T_383,_T_379}; // @[Cat.scala 29:58]
  assign _T_385 = _T_380 ? _T_384 : _T_374; // @[Shift.scala 91:22]
  assign _T_386 = _T_375[1:0]; // @[Shift.scala 92:77]
  assign _T_387 = _T_385[9:2]; // @[Shift.scala 90:30]
  assign _T_388 = _T_385[1:0]; // @[Shift.scala 90:48]
  assign _T_389 = _T_388 != 2'h0; // @[Shift.scala 90:57]
  assign _GEN_6 = {{7'd0}, _T_389}; // @[Shift.scala 90:39]
  assign _T_390 = _T_387 | _GEN_6; // @[Shift.scala 90:39]
  assign _T_391 = _T_386[1]; // @[Shift.scala 12:21]
  assign _T_392 = _T_385[9]; // @[Shift.scala 12:21]
  assign _T_394 = _T_392 ? 2'h3 : 2'h0; // @[Bitwise.scala 71:12]
  assign _T_395 = {_T_394,_T_390}; // @[Cat.scala 29:58]
  assign _T_396 = _T_391 ? _T_395 : _T_385; // @[Shift.scala 91:22]
  assign _T_397 = _T_386[0:0]; // @[Shift.scala 92:77]
  assign _T_398 = _T_396[9:1]; // @[Shift.scala 90:30]
  assign _T_399 = _T_396[0:0]; // @[Shift.scala 90:48]
  assign _GEN_7 = {{8'd0}, _T_399}; // @[Shift.scala 90:39]
  assign _T_401 = _T_398 | _GEN_7; // @[Shift.scala 90:39]
  assign _T_403 = _T_396[9]; // @[Shift.scala 12:21]
  assign _T_404 = {_T_403,_T_401}; // @[Cat.scala 29:58]
  assign _T_405 = _T_397 ? _T_404 : _T_396; // @[Shift.scala 91:22]
  assign _T_408 = _T_370 ? 10'h3ff : 10'h0; // @[Bitwise.scala 71:12]
  assign _T_409 = _T_363 ? _T_405 : _T_408; // @[Shift.scala 39:10]
  assign _T_410 = _T_409[3]; // @[convert.scala 55:31]
  assign _T_411 = _T_409[2]; // @[convert.scala 56:31]
  assign _T_412 = _T_409[1]; // @[convert.scala 57:31]
  assign _T_413 = _T_409[0]; // @[convert.scala 58:31]
  assign _T_414 = _T_409[9:3]; // @[convert.scala 59:69]
  assign _T_415 = _T_414 != 7'h0; // @[convert.scala 59:81]
  assign _T_416 = ~ _T_415; // @[convert.scala 59:50]
  assign _T_418 = _T_414 == 7'h7f; // @[convert.scala 60:81]
  assign _T_419 = _T_410 | _T_412; // @[convert.scala 61:44]
  assign _T_420 = _T_419 | _T_413; // @[convert.scala 61:52]
  assign _T_421 = _T_411 & _T_420; // @[convert.scala 61:36]
  assign _T_422 = ~ _T_418; // @[convert.scala 62:63]
  assign _T_423 = _T_422 & _T_421; // @[convert.scala 62:103]
  assign _T_424 = _T_416 | _T_423; // @[convert.scala 62:60]
  assign _GEN_8 = {{6'd0}, _T_424}; // @[convert.scala 63:56]
  assign _T_427 = _T_414 + _GEN_8; // @[convert.scala 63:56]
  assign _T_428 = {sumSign,_T_427}; // @[Cat.scala 29:58]
  assign _T_430 = decS_isZero ? 8'h0 : _T_428; // @[Mux.scala 87:16]
  assign io_S = decS_isNaR ? 8'h80 : _T_430; // @[PositAdder.scala 56:8]
endmodule